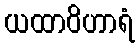
ယထာဝိဟာရံ